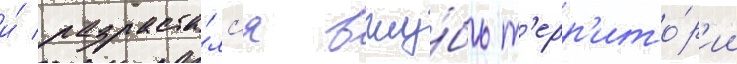
и́ разраста́лс'я вглу́бь т'ерр'ито́р'ии